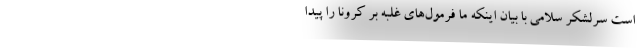
است سرلشکر سلامی با بیان اینکه ما فرمول‌های غلبه بر کرونا را پیدا